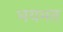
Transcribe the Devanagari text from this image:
भयभत